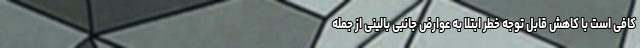
کافی است با کاهش قابل توجه خطر ابتلا به عوارض جانبی بالینی از جمله